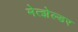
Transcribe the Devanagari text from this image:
मेत्झेल्डर